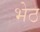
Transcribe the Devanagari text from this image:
भेठ